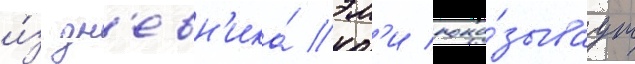
и́з дн'евн'ика́ эм'и пока́зываут